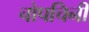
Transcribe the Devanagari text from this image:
चोपचिनी